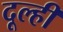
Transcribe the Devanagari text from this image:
दूल्ही